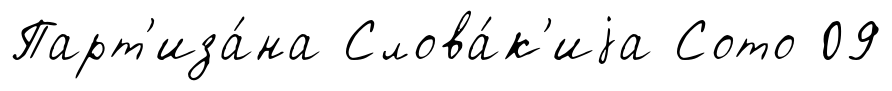
Парт'иза́на Слова́к'иjа Сото 09